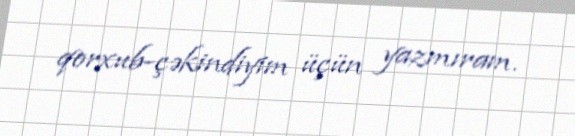
qorxub-çəkindiyim üçün yazmıram.